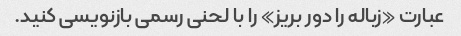
عبارت «زباله را دور بریز» را با لحنی رسمی بازنویسی کنید.